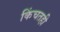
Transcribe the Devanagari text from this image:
किंचतही